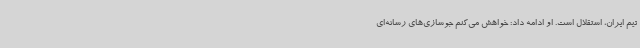
تیم ایران، استقلال است. او ادامه داد: خواهش می‌کنم جوسازی‌های رسانه‌ای